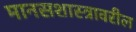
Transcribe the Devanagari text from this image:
मानसशास्‍त्रावरील